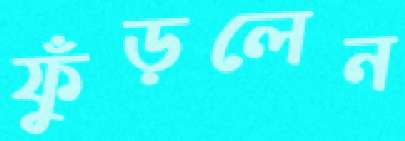
ফুঁড়লেন